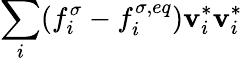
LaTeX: \sum_{i}(f_{i}^{\sigma}-f_{i}^{\sigma,eq})\mathbf{v}_{i}^{*}\mathbf{v}_{i}^{*}